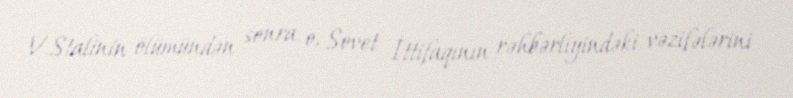
V.Stalinin ölümündən sonra o, Sovet İttifaqının rəhbərliyindəki vəzifələrini